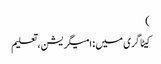
)
کیٹاگری میں : امیگریشن، تعلیم